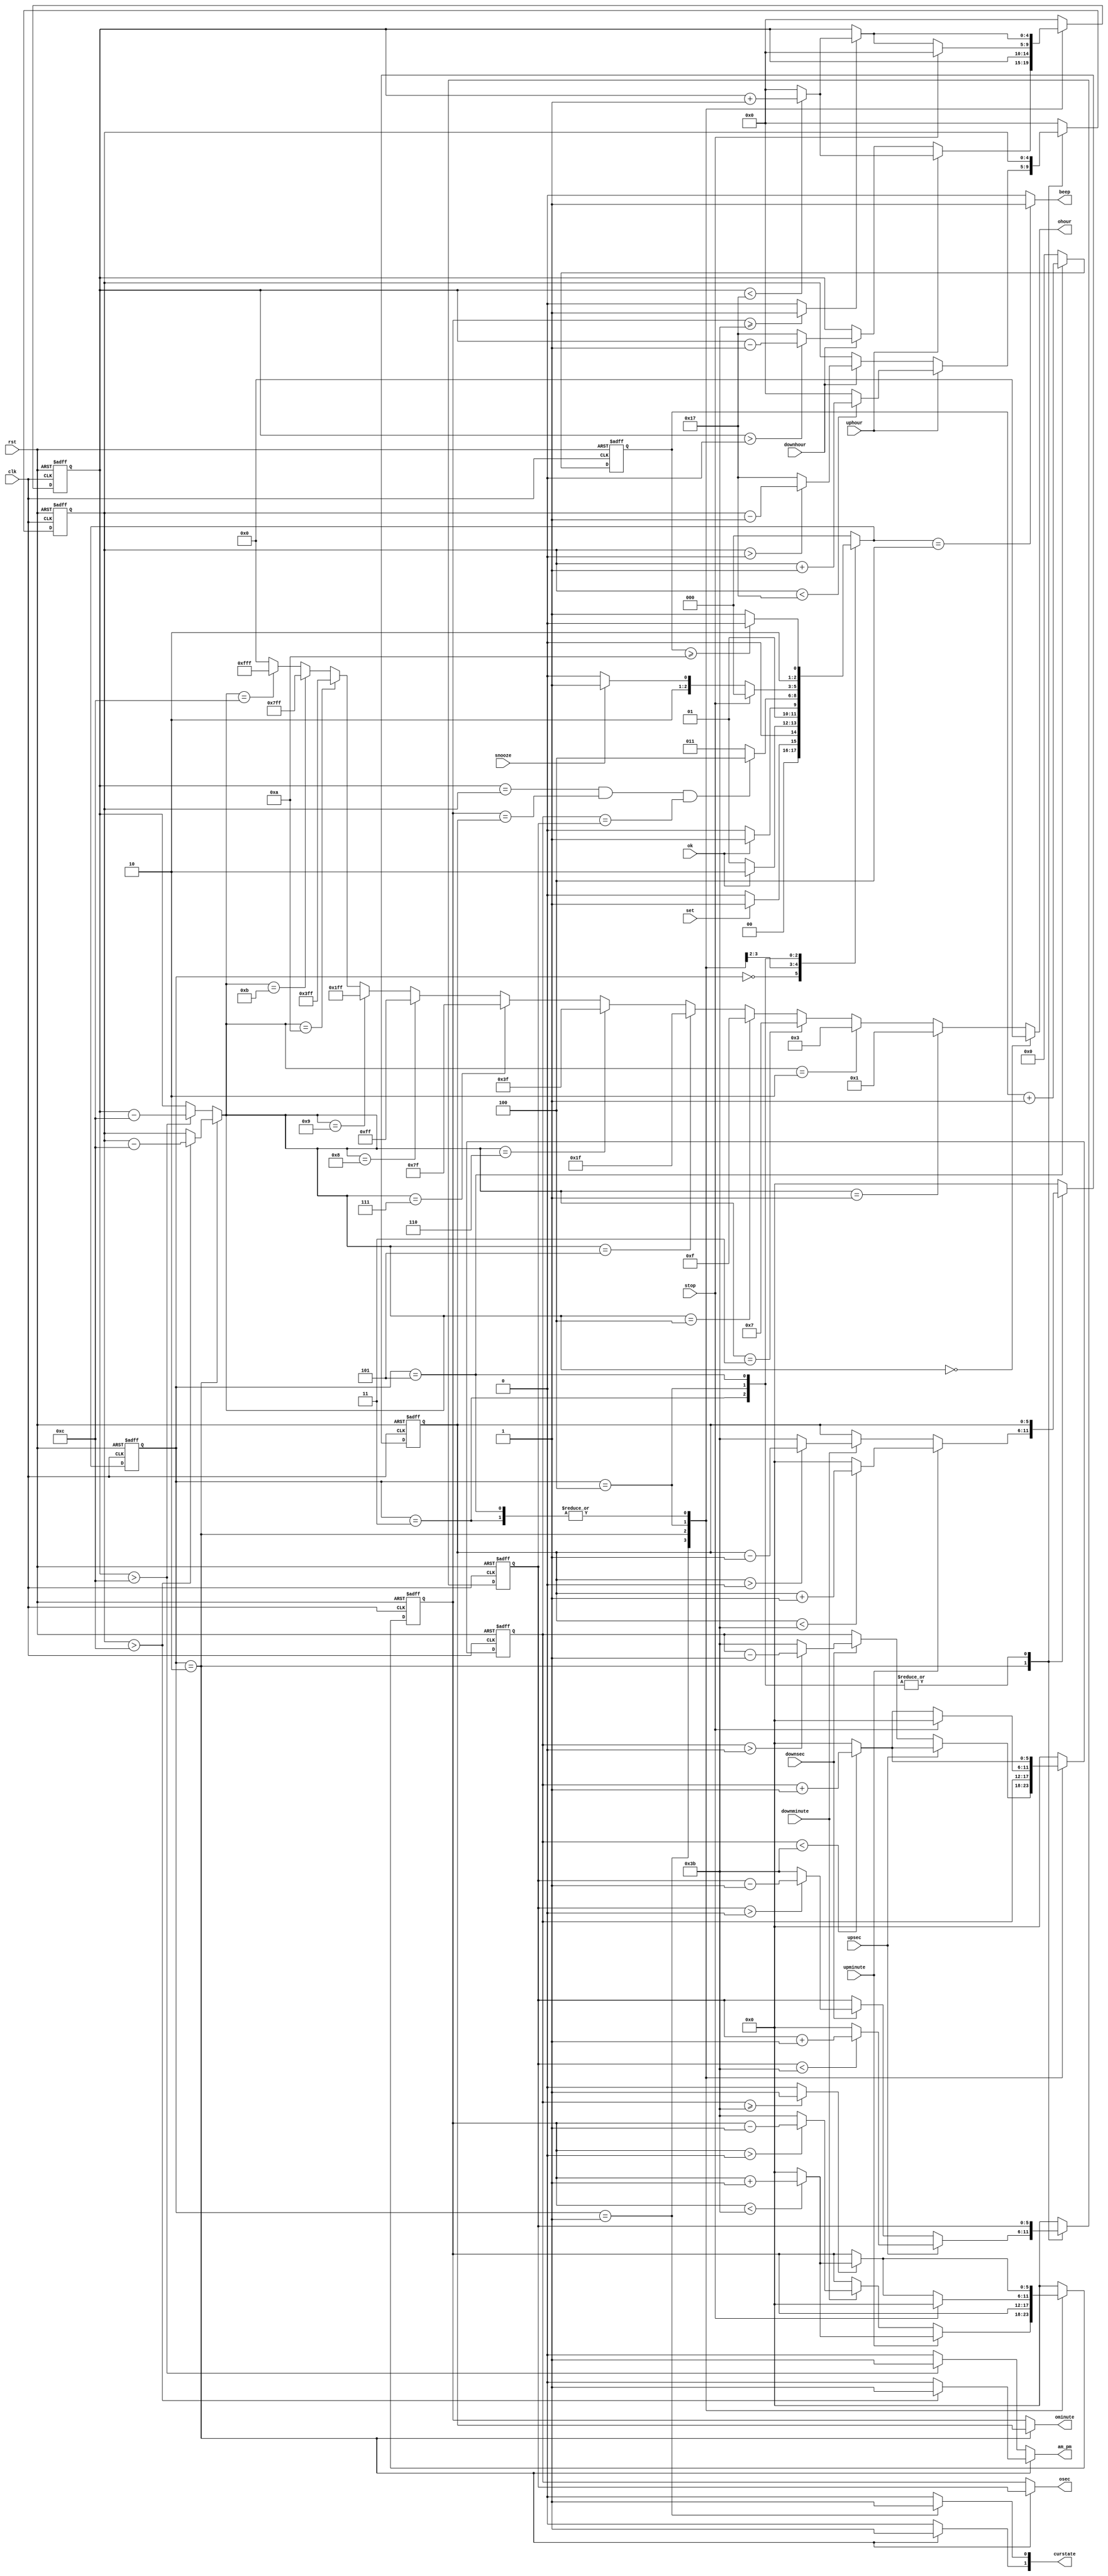
`timescale 1ns / 1ps
//////////////////////////////////////////////////////////////////////////////////
// Company: 
// Engineer: 
// 
// Design Name: 
// Module Name: alarm
// Project Name: 
// Target Devices: 
// Tool Versions: 
// Description: 
// 
// Dependencies: 
// 
// Revision:
// Revision 0.01 - File Created
// Additional Comments:
// 
//////////////////////////////////////////////////////////////////////////////////


module alarm(
    output [11:0]ohour,
    output am_pm,
    output [5:0]ominute,
    output [5:0]osec,
    output beep,
    output [1:0]curstate,
    input clk,
    input rst,
    input set,
    input uphour,
    input downhour,
    input upminute,
    input downminute,
    input upsec,
    input downsec,
    input ok,
    input stop,
    input snooze
    );
    
  
                

    
    
    
    parameter IDLE = 0;
    parameter TIMESET = 1;
    parameter ALARMSET = 2;
    parameter COUNT = 3;
    parameter RING = 4;
    parameter SNOOZE = 5;
    
    reg [2:0] state, nextstate;
    
    
    reg [4:0] hour, nexthour;
    reg [5:0] minute, sec, nextminute, nextsec;
    wire [4:0]tmphour;
    
    
    
    reg [4:0] ahour, nextahour;
    reg [5:0] aminute, asec, nextaminute, nextasec;
    
    
    wire minutecarry;
    wire hourcarry;
    reg [3:0]snoozecount;
    
    
    assign minutecarry = ( sec >= 59 ) ? 1 : 0;
    assign hourcarry = ( minute >= 59 ) ? 1 : 0;
    assign tmphour = ( state == ALARMSET ) ?  ( ahour > 12 ) ? ahour - 12 : ahour : 
                                                  ( hour > 12 ) ? hour - 12 : hour;
    assign am_pm = (state == ALARMSET ) ?  ( ahour > 12 ) ? 1 : 0 :
                                           ( hour > 12 ) ? 1 : 0;
    assign ohour = ( tmphour == 0 ) ? 12'b000000000000:
                       ( tmphour == 1 ) ? 12'b000000000001:
                       ( tmphour == 2 ) ? 12'b000000000011:
                       ( tmphour == 3 ) ? 12'b000000000111:
                       ( tmphour == 4 ) ? 12'b000000001111:
                       ( tmphour == 5 ) ? 12'b000000011111:
                       ( tmphour == 6 ) ? 12'b000000111111:
                       ( tmphour == 7 ) ? 12'b000001111111:
                       ( tmphour == 8 ) ? 12'b000011111111:
                       ( tmphour == 9 ) ? 12'b000111111111:
                       ( tmphour == 10 ) ? 12'b001111111111:
                       ( tmphour == 11 ) ? 12'b011111111111:
                       ( tmphour == 12 ) ? 12'b111111111111: 0;
   assign ominute = ( state == ALARMSET ) ? aminute : minute;
   assign osec = ( state == ALARMSET ) ? asec : sec;
   assign curstate[0] = ( state == TIMESET ) ? 1 : 0;
   assign curstate[1] = ( state == ALARMSET ) ? 1 : 0;
   assign beep = ( nextstate == RING ) ? 1 : 0;
    
    always@ ( posedge clk, posedge rst ) begin
        if( rst ) begin
            state <= IDLE;
            hour <= 0;
            ahour <= 0;
            minute <= 0;
            aminute <= 0;
            sec <= 0;
            asec <= 0;
            snoozecount <= 0;
        end          
        else begin
            state <= nextstate;
            hour <= nexthour;
            ahour <= nextahour;
            minute <= nextminute;
            aminute <= nextaminute;
            sec <= nextsec;
            asec <= nextasec;
            snoozecount = ( state == SNOOZE ) ? snoozecount + 1 : 0;
        end
        
               
    end
    
    always @(*)begin
        case ( state )
        
            IDLE :begin         
            nextstate = ( set ) ? TIMESET : IDLE;
            nexthour = 0;
            nextahour = 0;
            nextminute = 0;
            nextaminute = 0;
            nextsec = 0;
            nextasec = 0;      
            end
            
            TIMESET :begin      
            nextstate = ( ok ) ? ALARMSET : TIMESET;
            nexthour = ( uphour ) ? ( hour < 23 ) ? hour + 1 : 0 :
                        ( downhour ) ? ( hour > 0 ) ? hour - 1 : 23 : 
                        hour;
            nextahour = 0;
            nextminute = ( upminute ) ? ( minute <  59) ? minute + 1 : 0 :
                         ( downminute ) ? ( minute > 0 ) ? minute - 1 : 59 :
                         minute;
            nextaminute = 0;
            nextsec = ( upsec ) ? ( sec < 59 ) ? sec + 1 : 0 :
                      ( downsec ) ? ( sec > 0 ) ? sec - 1 : 59 :
                      sec;
            nextasec = 0;
            end
            
            ALARMSET :begin
            nextstate = ( ok ) ? COUNT : ALARMSET;
            nexthour = hour;
            nextahour = ( uphour ) ? ( ahour < 23 ) ? ahour + 1 : 0 :
                                    ( downhour ) ? ( ahour > 0 ) ? ahour - 1 : 23 : 
                                    ahour;
            nextminute = minute;
            nextaminute = ( upminute ) ? ( aminute <  59) ? aminute + 1 : 0 :
                                     ( downminute ) ? ( aminute > 0 ) ? aminute - 1 : 59 :
                                     aminute;
            nextsec = sec;
            nextasec = ( upsec ) ? ( asec < 59 ) ? asec + 1 : 0 :
                                  ( downsec ) ? ( asec > 0 ) ? asec - 1 : 59 :
                                  asec;
            end
            
            COUNT :begin
            nextstate = ( hour == ahour  && minute == aminute && sec == asec  ) ? RING : COUNT;
            nexthour = ( hourcarry ) ? ( hour < 23 ) ? hour + 1 : 0 : 
                        hour;
            nextahour = ahour;
            nextminute = ( minutecarry ) ? ( minute < 59 ) ? minute + 1 : 0 :
                         minute;
            nextaminute = aminute;
            nextsec = ( sec < 59 ) ? sec + 1 : 0;
            nextasec = asec;
            end
            
            RING :begin
            nextstate = ( stop ) ? IDLE : 
                        ( snooze) ? SNOOZE : RING;
            nexthour = ( stop ) ? 0 : ( hourcarry ) ? ( hour < 23 ) ? hour + 1 : 0 : 
                        hour;
            nextahour = ahour;
            nextminute = ( stop ) ? 0 : ( minutecarry ) ? ( minute < 59 ) ? minute + 1 : 0 : 
                        minute;
            nextaminute = aminute;
            nextsec = ( stop ) ? 0 : ( sec < 59 ) ? sec + 1 : 0;
            nextasec = asec;
            end
            
            SNOOZE :begin
            nextstate = ( snoozecount >= 10 ) ? RING : SNOOZE;
            nexthour = ( hourcarry ) ? ( hour < 23 ) ? hour + 1 : 0 : 
                        hour;
            nextahour = ahour;
            nextminute = ( minutecarry ) ? ( minute < 59 ) ? minute + 1 : 0 : 
                        minute;
            nextaminute = aminute;
            nextsec = ( sec < 59 ) ? sec + 1 : 0;
            nextasec = asec;
            end
            
            default :begin
            nextstate = IDLE;
            nexthour = 0;
            nextahour = 0;
            nextminute = 0;
            nextaminute = 0;
            nextsec = 0;
            nextasec = 0;
            end
            
       endcase
            
    end
endmodule